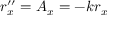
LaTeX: r _ { x } ^ { \prime \prime } = A _ { x } = - k r _ { x }